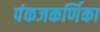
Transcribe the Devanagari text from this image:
पंकजकर्णिका